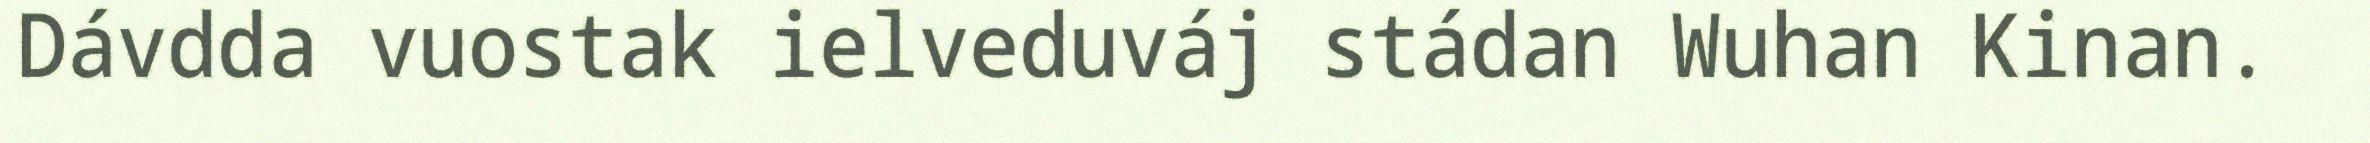
Dávdda vuostak ielveduváj stádan Wuhan Kinan.